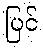
ပြင်